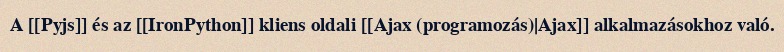
A [[Pyjs]] és az [[IronPython]] kliens oldali [[Ajax (programozás)|Ajax]] alkalmazásokhoz való.